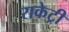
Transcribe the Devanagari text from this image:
राकेट्री